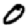
Digit: 0